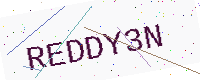
Text: REDDY3N